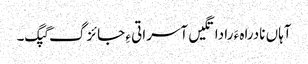
آہاں نادراہ ءَ را داتگیں آسراتی ءِ جائزگ گپگ۔